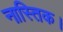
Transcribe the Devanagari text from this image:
नास्तिक।